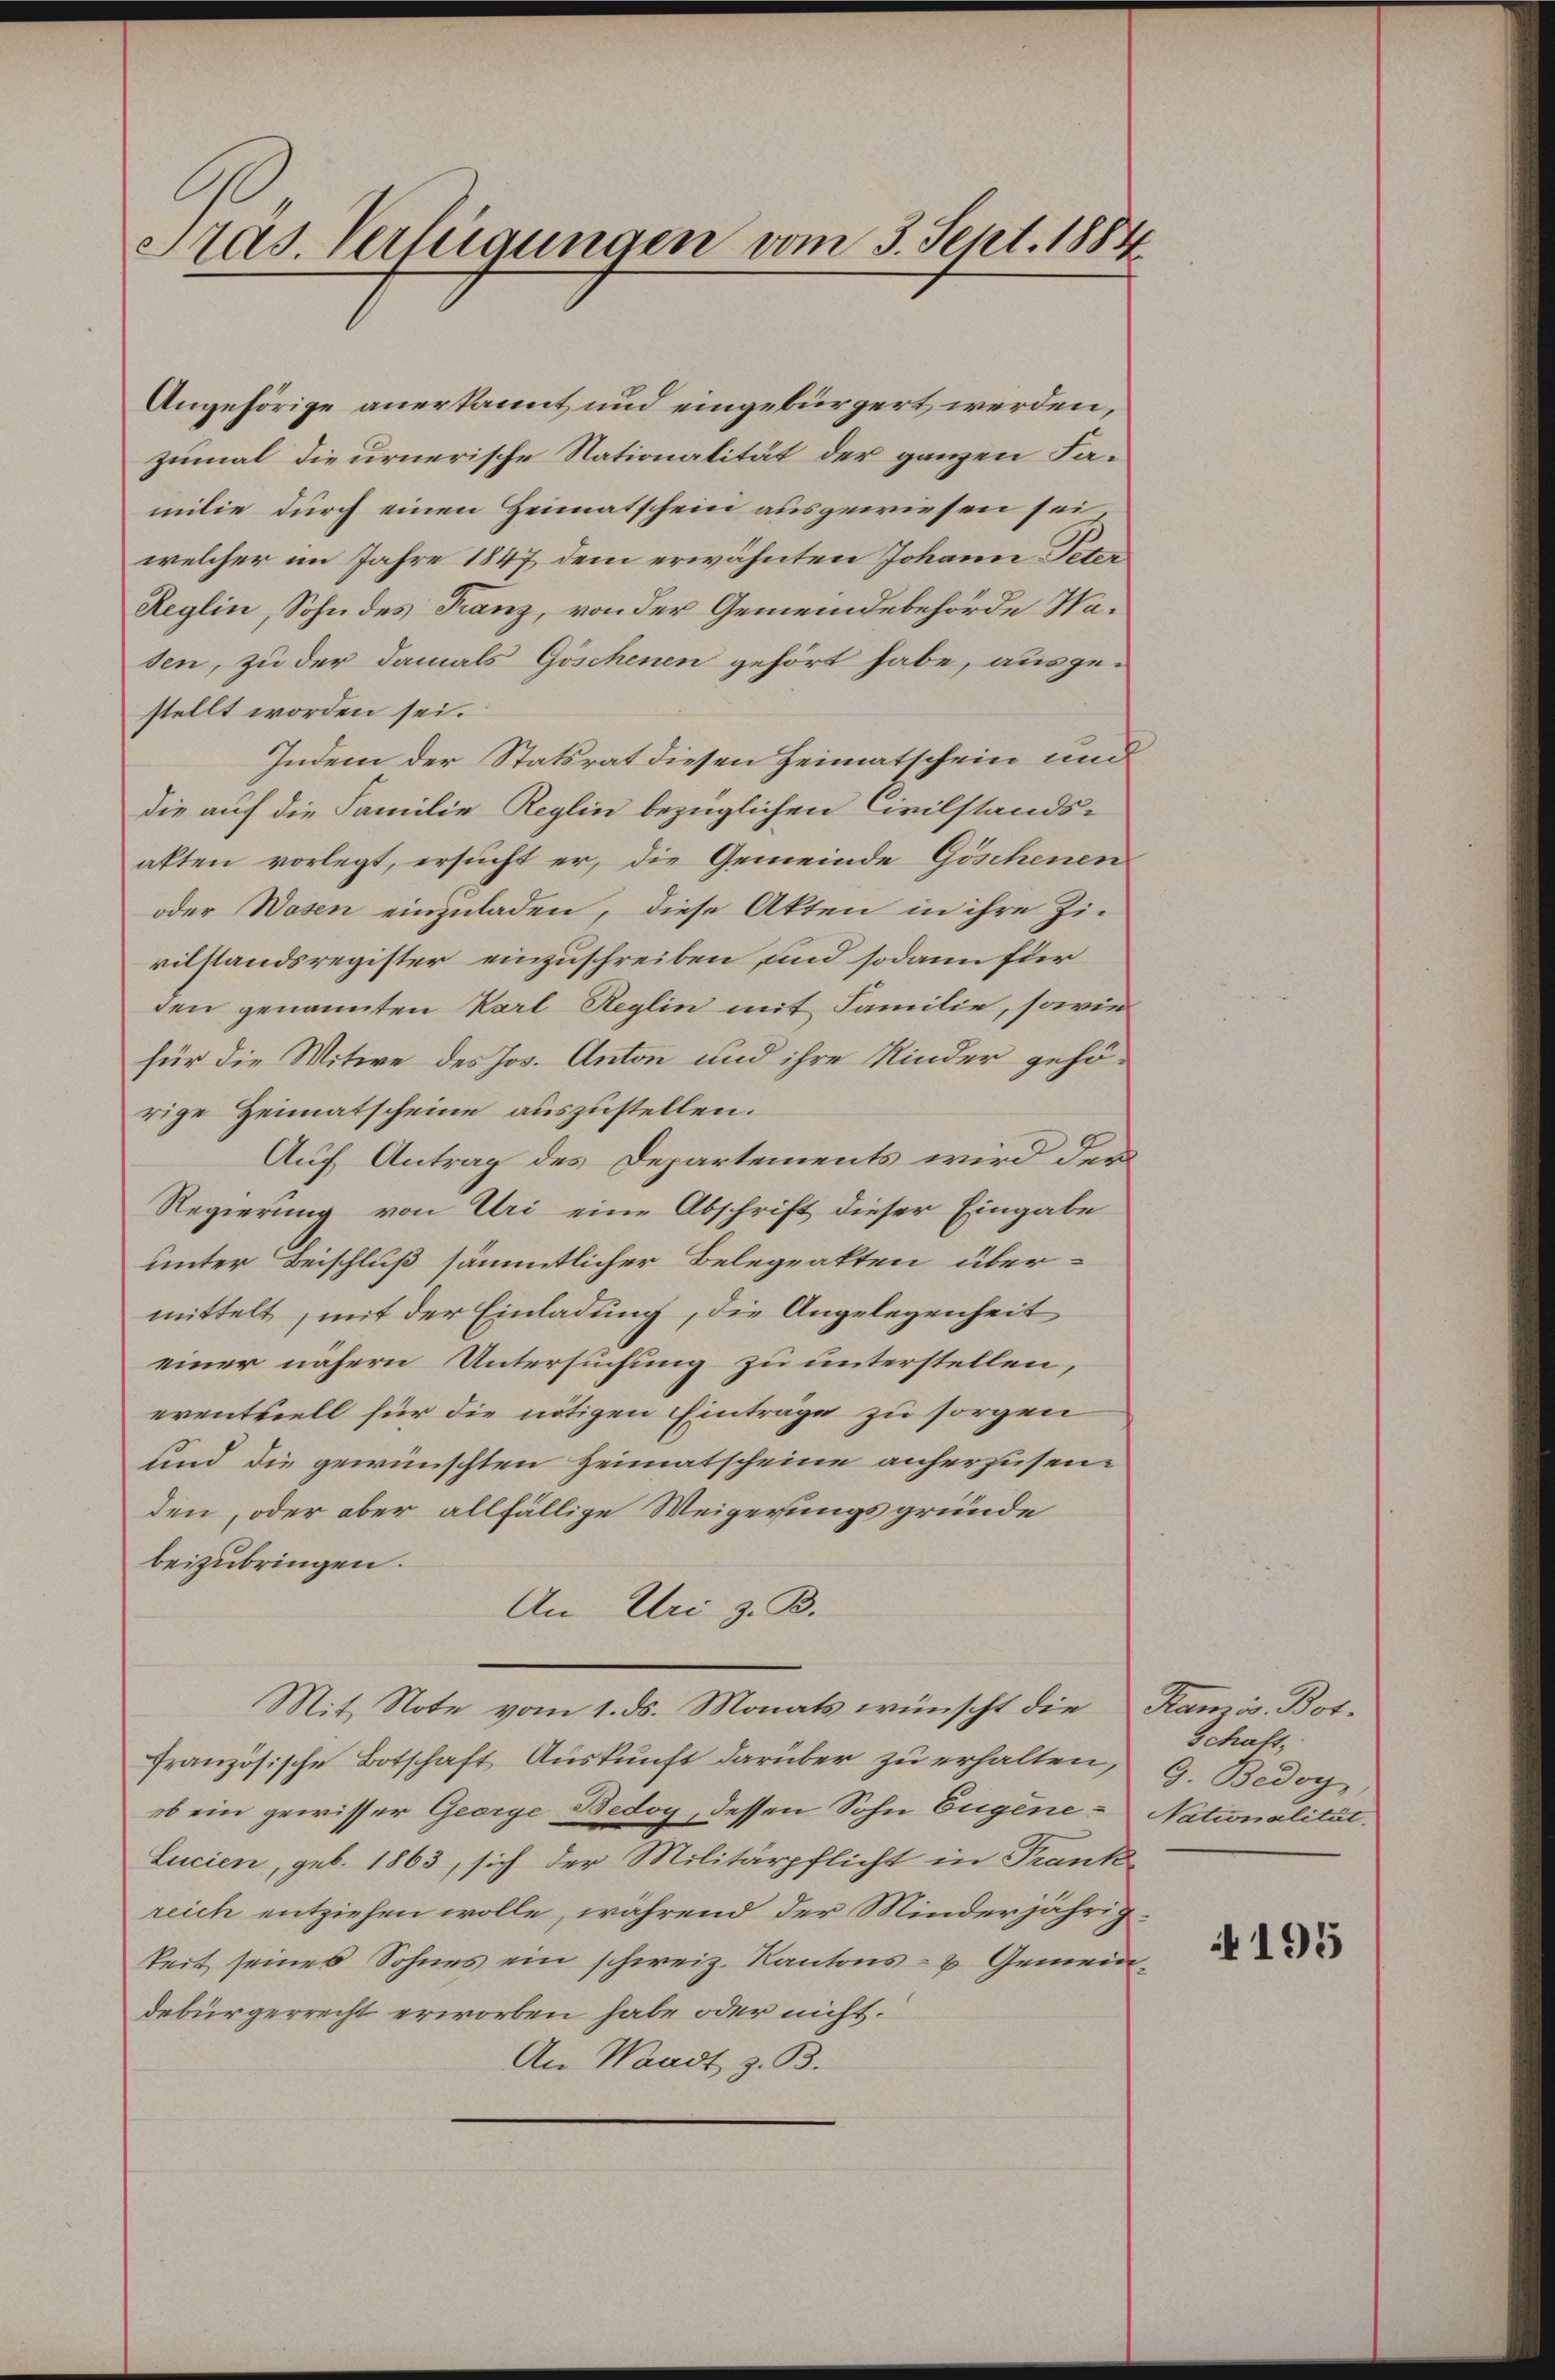
Präs. Verfügungen vom 3. Sept. 1884

Angehörige anerkannt und eingebürgert werden,
zumal die urnerische Stationalität der ganzen Familie durch einen Heimatschein ausgewiesen sei
welcher im Jahre 1847 dem erwähnten Johann Peten
Reglin, Sohn des Franz, von der Gemeindebehörde Nasen, zu der damals Göschenen gehört habe, ausge-
stellt worden sei.
Indem der Statsrat diesen Heimatschein und
die auf die Familie Reglin bezüglichen Civilstands-
alten vorlegt, ersucht er, die Gemeinde Göschenen
oder Wesen einzuladen, diese Akten in ihre Zin
vilstandsregister einzuschreiben, und sodann für
den genannten Karl Reglin mit Familie, sowie
für die Witwe des Jos. Anton und ihre Kinder gehörige Heimatscheine auszustellen.
Auf Antrag des Departements wird der
Regierung von Uri eine Abschrift dieser Eingabe
unter Beischluß sämmtlicher Belegeakten über-
mittelt, mit der Einladung, die Angelegenheit
einer nähern Untersuchung zu unterstellen,
erentziell für die nötigen Einträge zu sorgen
sind die gewünschten Heimatscheine anherzusenden, oder aber allfällige Weigerungsgründe
beizubringen.
An Uri z. B.
Mit Note vom 1. ds. Monats wünscht die Kamis. Botfranzösische Botschaft Auskunft darüber zu erhalten,
ob ein gewisser George Bedoy, dessen Sohn Eugene¬
Lucien, geb. 1863, sich der Militärpflicht in Frank-
reich entziehen wolle, während der Minderjährigkeit seines Sohnes ein schweiz. Kantons- & Gemeindebürgerrecht erworben habe oder nicht.
An Waadt, z. B.

Schaft,
G. Bedoy
Nationalität.

i 195